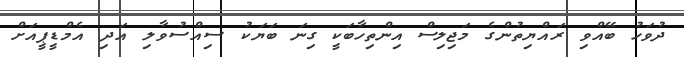
ދުވަހު ބޭއްވި ރައްޔިތުންގެ މަޖިލިސް އިންތިހާބަކީ ގިނަ ބަޔަކު ސިއްސުވާލި އަދި އެމްޑީޕީއަށް